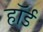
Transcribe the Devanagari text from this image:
हॉर्ड